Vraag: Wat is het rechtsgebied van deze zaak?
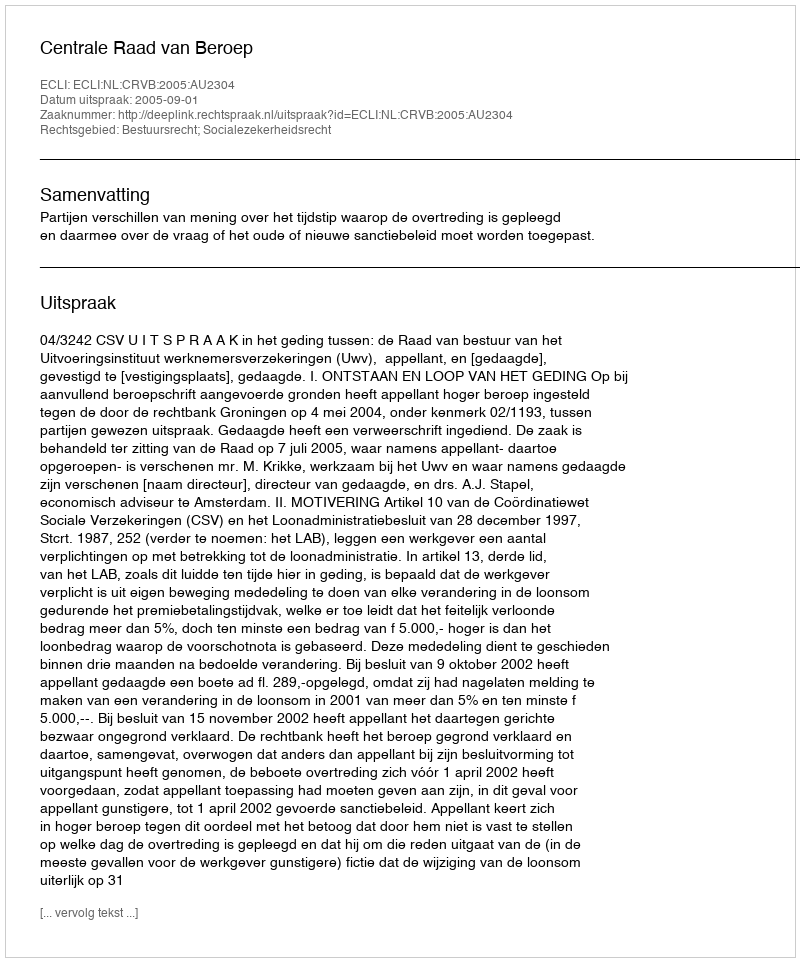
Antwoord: Bestuursrecht; Socialezekerheidsrecht